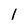
Character: 1